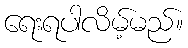
ရေးရပါလိမ့်မည်။